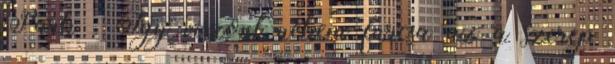
Park . Így viszont nekem furcsa az a szerep